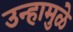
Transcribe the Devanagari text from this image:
उन्हामुळे